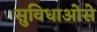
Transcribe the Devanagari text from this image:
सुविधाओसे